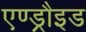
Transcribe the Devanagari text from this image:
एण्ड्रौइड